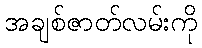
အချစ်ဇာတ်လမ်းကို